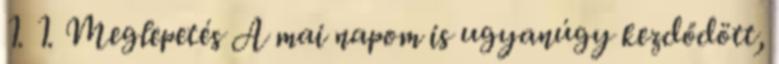
1. 1. Meglepetés A mai napom is ugyanúgy kezdődött,